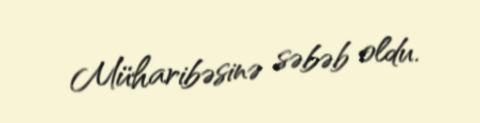
Müharibəsinə səbəb oldu.